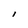
Character: I